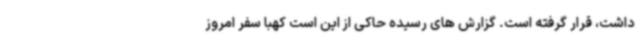
داشت، قرار گرفته است. گزارش های رسیده حاکی از این است کهبا سفر امروز